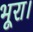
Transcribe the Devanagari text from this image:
भूरा।